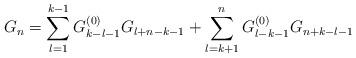
LaTeX: \begin{align*}G_n=\sum _{l=1}^{k-1}G^{(0)}_{k-l-1}G_{l+n-k-1}+\sum _{l=k+1}^{n}G^{(0)}_{l-k-1}G_{n+k-l-1}\end{align*}